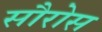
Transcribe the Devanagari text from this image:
सौरोस